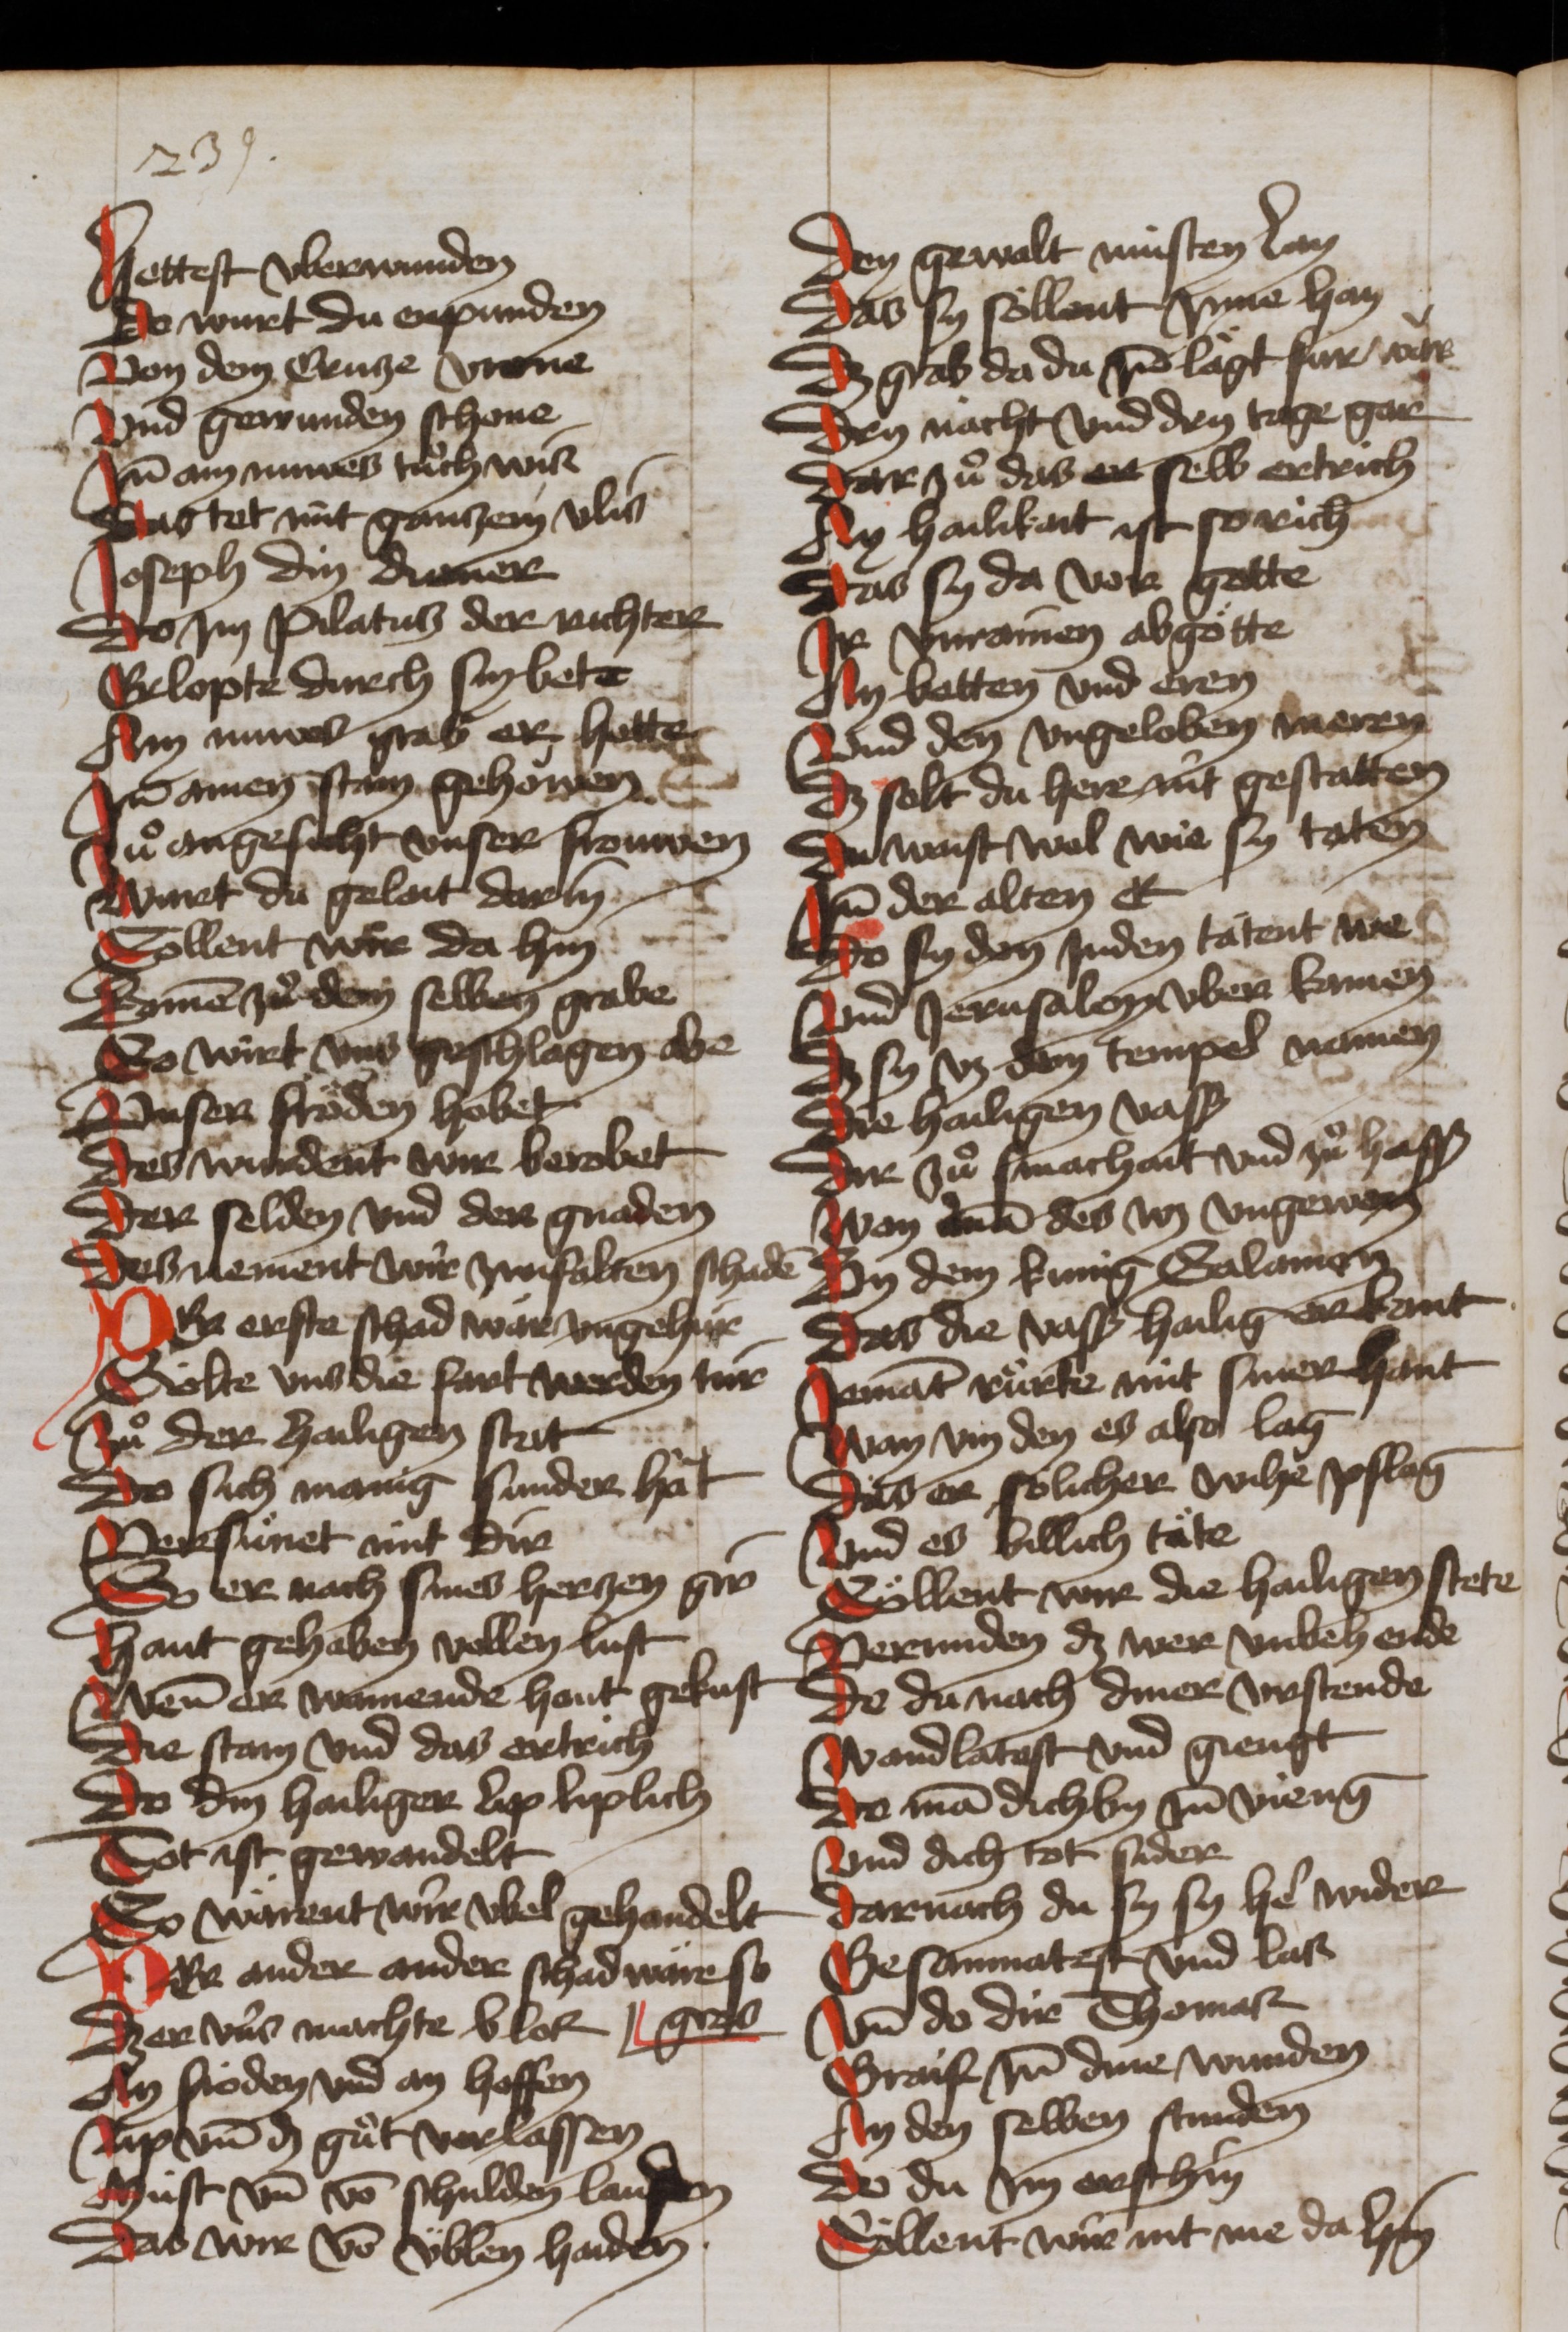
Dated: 1465–1465